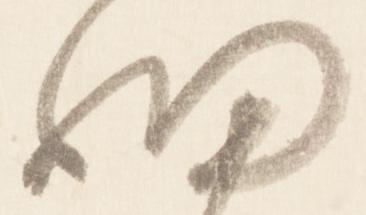
細